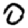
Digit: 0